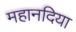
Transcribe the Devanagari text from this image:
महानदिया